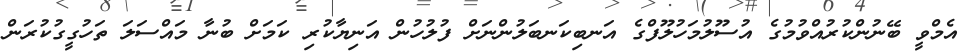
އެމްވީ ބޭނުންކުރުއްވުމުގެ އުސޫލުމަހުލޫފްގެ އަނބިކަނބަލުންނަށް ފުލުހުން އަނިޔާކުރި ކަމަށް ބުނާ މައްސަލަ ތަހުގީގުކުރަން